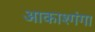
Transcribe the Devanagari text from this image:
आकाश्गंगा